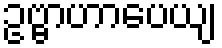
ဥဗ္ဗာဟာပေယျ